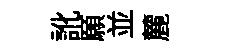
訛願並麓